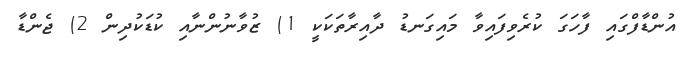
އުންޑާފްގައި ފާހަގަ ކުރެވިފައިވާ މައިގަނޑު ދާއިރާތަކަކީ 1) ޒުވާނުންނާއި ކުޑަކުދިން 2) ޖެންޑާ